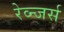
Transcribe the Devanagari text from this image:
रेव्न्जर्स